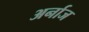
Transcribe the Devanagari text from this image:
अर्नाज